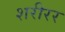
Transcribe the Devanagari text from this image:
शरीरर